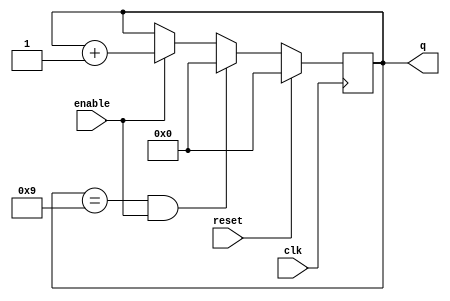
module bcd_oneDigit (
    input clk,
    input reset,
    input enable,
    output reg [3:0] q);
    
    always @(posedge clk) begin
        if (reset == 1'b1) q <= 4'b0000;
        else if (q == 4'b1001 & enable == 1'b1) q<= 4'b0000;
        else if (enable == 1'b1) q <= q + 1;
        else q <= q;
    end
endmodule


module top_module (
    input clk,
    input reset,   // Synchronous active-high reset
    output [3:1] ena,
    output [15:0] q);
    
    assign ena[1] = (q[3:0] == 4'b1001) ? 1'b1 : 1'b0;
    assign ena[2] = (q[7:4] == 4'b1001 & q[3:0] == 4'b1001) ? 1'b1 : 1'b0;
    assign ena[3] = (q[11:8] == 4'b1001 & q[7:4] == 4'b1001 & q[3:0] == 4'b1001) ? 1'b1 : 1'b0;

    bcd_oneDigit instance1 (.clk(clk), .reset(reset), .enable(1'b1), .q(q[3:0]));
    bcd_oneDigit instance2 (.clk(clk), .reset(reset), .enable(ena[1]), .q(q[7:4]));
    bcd_oneDigit instance3 (.clk(clk), .reset(reset), .enable(ena[2]), .q(q[11:8]));
    bcd_oneDigit instance4 (.clk(clk), .reset(reset), .enable(ena[3]), .q(q[15:12]));

   
endmodule